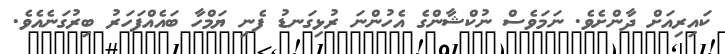
ކައިރިއަށް ދާންށެވެ. ނަމަވެސް ނުކްޝާންގެ އެހުންނަ ރުޅިގަނޑު ފެނި ޔަމްހާ ބައެއްފަހަރު ބިރުގަނެއެވެ.